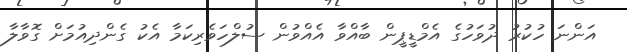
އަންނަ ހުކުރު ދުވަހުގެ އެމްޑީޕީން ބާއްވާ އެއްވުން ސުލްހަވެރިކަމާ އެކު ގެންދިއުމަށް ގޮވާލާ